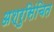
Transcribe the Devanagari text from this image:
अश्रुसिंचित